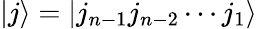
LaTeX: |j\rangle=|j_{n-1}j_{n-2}\cdots j_{1}\rangle